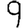
Digit: 9